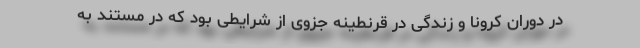
در دوران کرونا و زندگی در قرنطینه جزوی از شرایطی بود که در مستند به